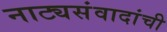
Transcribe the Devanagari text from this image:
नाट्यसंवादांची